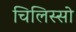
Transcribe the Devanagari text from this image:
चिलिस्सो